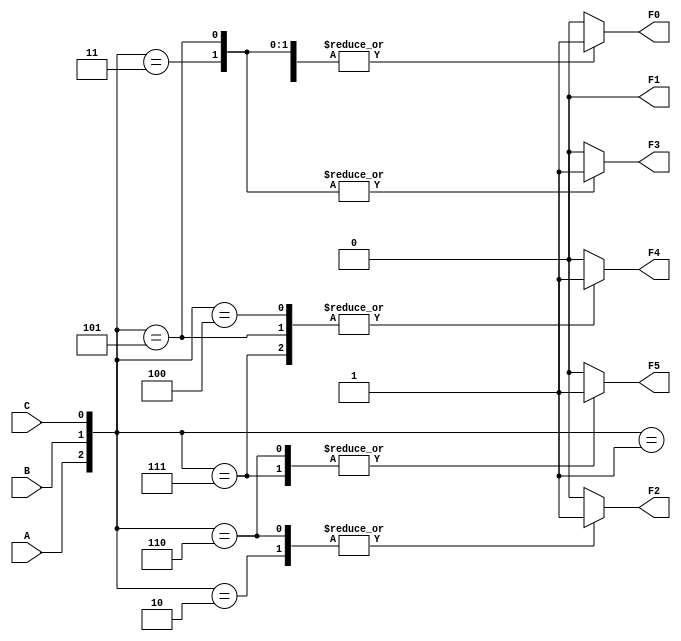
module ckt(A,B,C,F0,F1,F2,F3,F4,F5);

      input A,B,C;
      output reg F0,F1,F2,F3,F4,F5;
      
      always @(A,B,C)
      
      begin
          case({A,B,C})
			  3'b001:F0=1;
			 
			  3'b011:F0=1;
			  
			  3'b101:F0=1;
			  
			  3'b111:F0=1;
			  
              default:F0=0;    
          endcase
          case({A,B,C})
			  3'b001:F1=0;
              default:F1=0;    
          endcase
          case({A,B,C})
			  3'b010:F2=1;
			  3'b110:F2=1;
              default:F2=0; 
          endcase
          case({A,B,C})
			  3'b011:F3=1;
			  3'b101:F3=1;
              default:F3=0;   
          endcase
          case({A,B,C}) 
			  3'b100:F4=1;
			  3'b101:F4=1;
			  3'b111:F4=1;
              default:F4=0; 
          endcase
          case({A,B,C})
			  3'b110:F5=1;
			  3'b111:F5=1;
              default:F5=0;    
          endcase
      end
endmodule